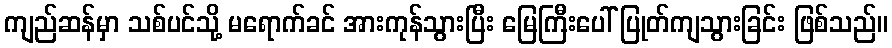
ကျည်ဆန်မှာ သစ်ပင်သို့ မရောက်ခင် အားကုန်သွားပြီး မြေကြီးပေါ် ပြုတ်ကျသွားခြင်း ဖြစ်သည်။